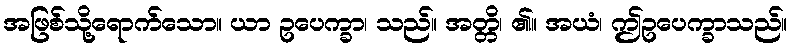
အဖြစ်သို့ရောက်သော။ ယာ ဥပေက္ခာ၊ သည်။ အတ္တိ၊ ၏။ အယံ၊ ဤဥပေက္ခာသည်။